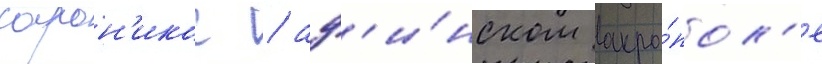
сарон'икос / аф'и́нском акро́пол'е